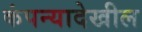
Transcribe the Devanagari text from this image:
कंपन्यादेखील